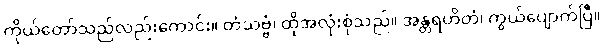
ကိုယ်တော်သည်လည်းကောင်း။ တံသဗ္ဗံ၊ ထိုအလုံးစုံသည်။ အန္တရဟိတံ၊ ကွယ်ပျောက်ပြီ။